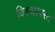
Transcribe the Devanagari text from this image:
विस्थापरत